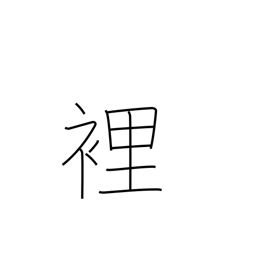
Meaning: palm